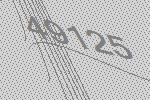
49125